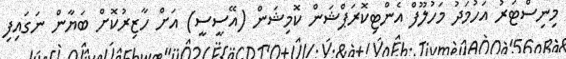
މިނިސްޓަރު އަހުމަދު މަހުލޫފް އެންޓިކޮރަޕްޝަން ކޮމިޝަން (އޭސީސީ) އަށް ހާޒިރުކޮށް ބަޔާން ނަގައިފި